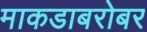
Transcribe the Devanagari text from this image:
माकडाबरोबर